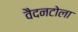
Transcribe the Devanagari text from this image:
वैदनटोला